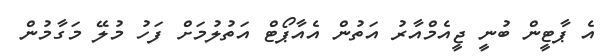
އެ ޕާޓީން ބުނީ ޖީއެމްއާރު އަތުން އެއާޕޯޓް އަތުލުމަށް ފަހު މުލޭ މަގާމުން